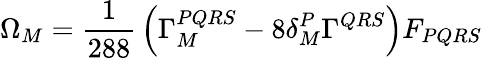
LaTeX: \Omega_{M}={\frac{1}{288}}\left(\Gamma_{M}^{PQRS}-8\delta_{M}^{P}\Gamma^{QRS}\right)F_{PQRS}